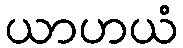
ယာဟယံ